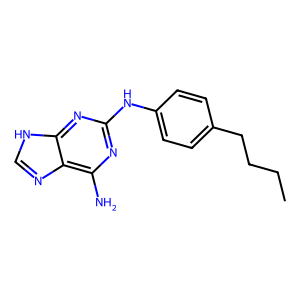
SMILES: CCCCc1ccc(Nc2nc(N)c3nc[nH]c3n2)cc1
Inhibits HIV replication: No